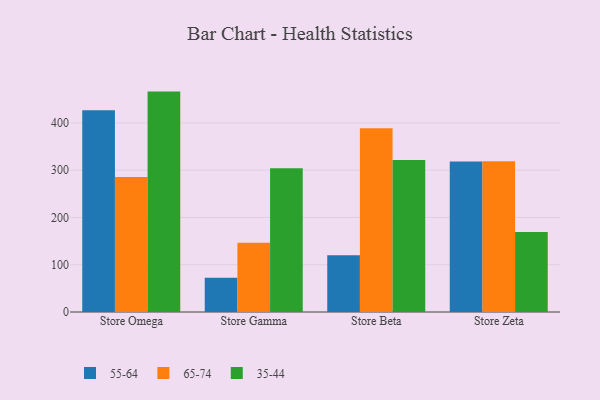
{"axis": {"x": "Store", "y": "LTV (USD)"}, "legend": ["35-44", "55-64", "65-74"], "data": [{"x": "Store Omega", "y": 427.0, "type": "55-64"}, {"x": "Store Omega", "y": 285.4, "type": "65-74"}, {"x": "Store Omega", "y": 466.3, "type": "35-44"}, {"x": "Store Gamma", "y": 72.6, "type": "55-64"}, {"x": "Store Gamma", "y": 146.5, "type": "65-74"}, {"x": "Store Gamma", "y": 303.9, "type": "35-44"}, {"x": "Store Beta", "y": 120.0, "type": "55-64"}, {"x": "Store Beta", "y": 388.6, "type": "65-74"}, {"x": "Store Beta", "y": 321.8, "type": "35-44"}, {"x": "Store Zeta", "y": 318.5, "type": "55-64"}, {"x": "Store Zeta", "y": 319.2, "type": "65-74"}, {"x": "Store Zeta", "y": 169.5, "type": "35-44"}]}